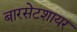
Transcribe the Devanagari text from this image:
बारसेटशायर